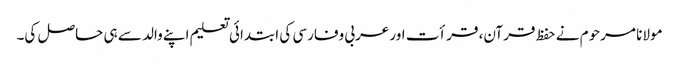
مولانا مرحوم نے حفظ قرآن، قرأت اور عربی وفارسی کی ابتدائی تعلیم اپنے والد سے ہی حاصل کی۔